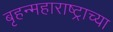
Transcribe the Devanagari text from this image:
बृहन्महाराष्ट्राच्या